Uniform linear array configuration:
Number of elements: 12
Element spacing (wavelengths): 0.5
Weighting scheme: hann
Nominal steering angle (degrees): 60
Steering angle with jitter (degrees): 59.432
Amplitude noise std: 0.05
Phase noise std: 0.05

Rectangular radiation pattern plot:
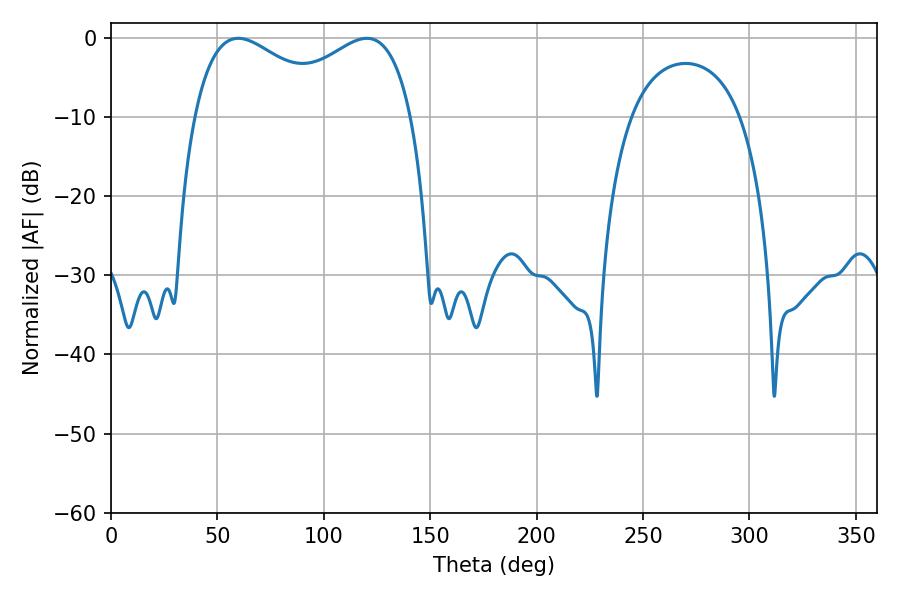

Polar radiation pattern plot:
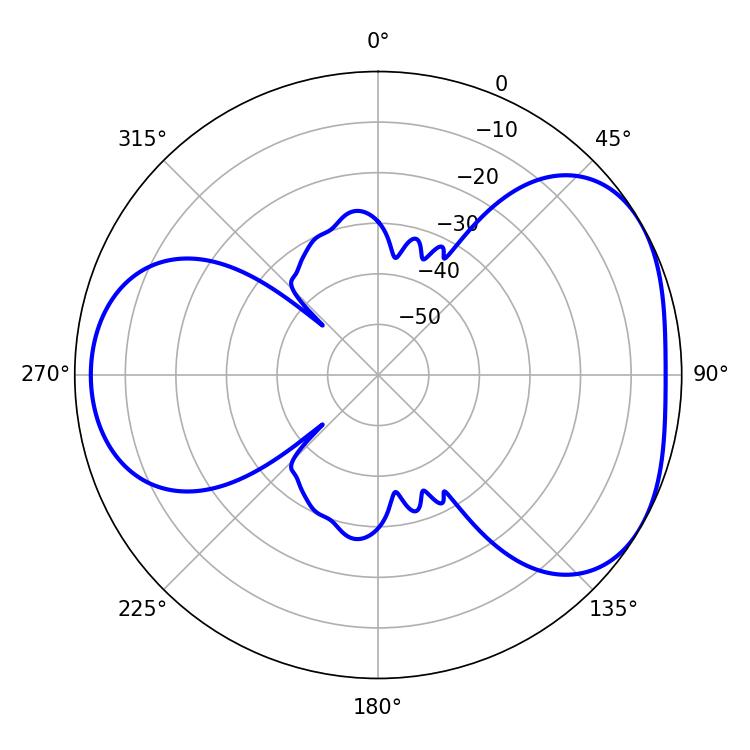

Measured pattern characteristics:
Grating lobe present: FALSE
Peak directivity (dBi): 4.253
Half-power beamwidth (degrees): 37.98
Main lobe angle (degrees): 59.76